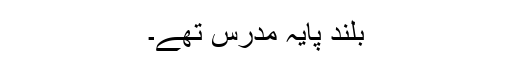
بلند پایہ مدرس تھے۔